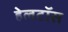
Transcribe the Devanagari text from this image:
हेलटॉस